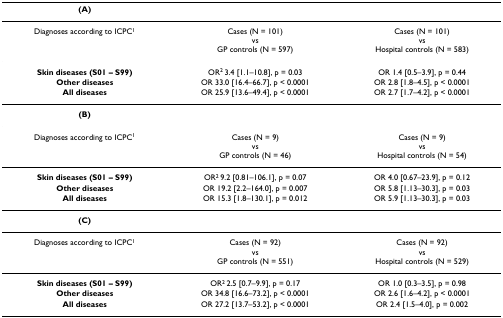
<table><thead><tr><td><b>(A)</b></td><td></td><td></td></tr></thead><tbody><tr><td>Diagnoses according to ICPC<sup>1</sup></td><td>Cases (N = 101)vsGP controls (N = 597)</td><td>Cases (N = 101)vsHospital controls (N = 583)</td></tr><tr><td><b>Skin diseases (S01 – S99)</b></td><td>OR<sup>2 </sup>3.4 [1.1–10.8], p = 0.03</td><td>OR 1.4 [0.5–3.9], p = 0.44</td></tr><tr><td><b>Other diseases</b></td><td>OR 33.0 [16.4–66.7], p &lt; 0.0001</td><td>OR 2.8 [1.8–4.5], p &lt; 0.0001</td></tr><tr><td><b>All diseases</b></td><td>OR 25.9 [13.6–49.4], p &lt; 0.0001</td><td>OR 2.7 [1.7–4.2], p &lt; 0.0001</td></tr><tr><td><b>(B)</b></td><td></td><td></td></tr><tr><td>Diagnoses according to ICPC<sup>1</sup></td><td>Cases (N = 9)vsGP controls (N = 46)</td><td>Cases (N = 9)vsHospital controls (N = 54)</td></tr><tr><td><b>Skin diseases (S01 – S99)</b></td><td>OR<sup>2 </sup>9.2 [0.81–106.1], p = 0.07</td><td>OR 4.0 [0.67–23.9], p = 0.12</td></tr><tr><td><b>Other diseases</b></td><td>OR 19.2 [2.2–164.0], p = 0.007</td><td>OR 5.8 [1.13–30.3], p = 0.03</td></tr><tr><td><b>All diseases</b></td><td>OR 15.3 [1.8–130.1], p = 0.012</td><td>OR 5.9 [1.13–30.3], p = 0.03</td></tr><tr><td><b>(C)</b></td><td></td><td></td></tr><tr><td>Diagnoses according to ICPC<sup>1</sup></td><td>Cases (N = 92)vsGP controls (N = 551)</td><td>Cases (N = 92)vsHospital controls (N = 529)</td></tr><tr><td><b>Skin diseases (S01 – S99)</b></td><td>OR<sup>2 </sup>2.5 [0.7–9.9], p = 0.17</td><td>OR 1.0 [0.3–3.5], p = 0.98</td></tr><tr><td><b>Other diseases</b></td><td>OR 34.8 [16.6–73.2], p &lt; 0.0001</td><td>OR 2.6 [1.6–4.2], p &lt; 0.0001</td></tr><tr><td><b>All diseases</b></td><td>OR 27.2 [13.7–53.2], p &lt; 0.0001</td><td>OR 2.4 [1.5–4.0], p = 0.002</td></tr></tbody></table>